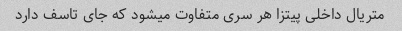
متریال داخلی پیتزا هر سری متفاوت میشود که جای تاسف دارد